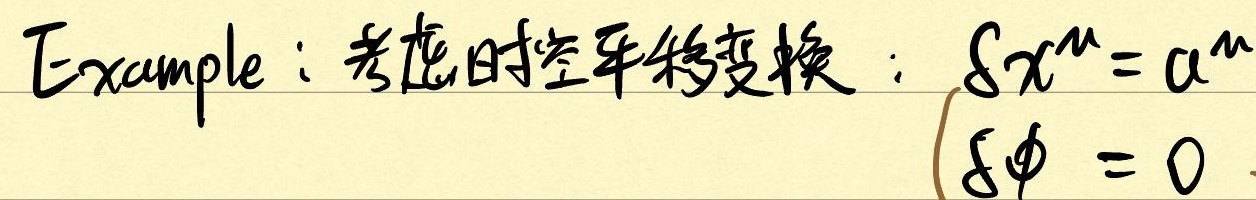
Example：考虑时空平移变换：$\begin{cases}
\delta x^{\mu}=a^{\mu}\\
\delta\phi = 0
\end{cases}$